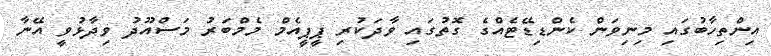
އިންތިހާބުގައި މިނިވަން ކެންޑިޑޭޓެއްގެ ގޮތުގައި ވާދަކުރި ޕީޕީއެމް މެމްބަރު މަސްއޫދު ވިދާޅުވީ އޭނާ